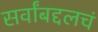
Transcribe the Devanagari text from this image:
सर्वांबद्दलचं